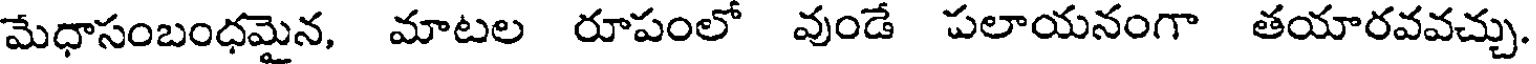
మేధాసంబంధమైన, మాటల రూపంలో వుండే పలాయనంగా తయారవవచ్చు